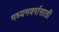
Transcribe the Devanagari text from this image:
मध्यमवर्गासाठी